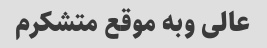
عالی وبه موقع متشکرم